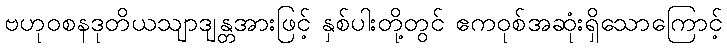
ဗဟုဝစနဒုတိယသျာဒျန္တအားဖြင့် နှစ်ပါးတို့တွင် ဧကဝုစ်အဆုံးရှိသောကြောင့်